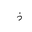
Letter: _thal